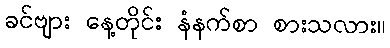
ခင်ဗျား နေ့တိုင်း နံနက်စာ စားသလား။